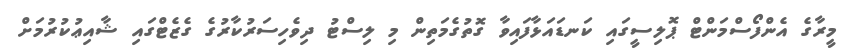
މީރާގެ އެންފޯސްމަންޓް ޕޮލިސީގައި ކަނޑައަޅާފައިވާ ގޮތުގެމަތިން މި ލިސްޓު ދިވެހިސަރުކާރުގެ ގެޒެޓްގައި ޝާއިޢުކުރުމަށް